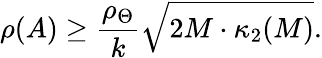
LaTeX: \rho(A)\geq\frac{\rho_{\Theta}}{k}\sqrt{2M\cdot\kappa_{2}(M)}.